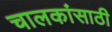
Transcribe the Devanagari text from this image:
चालकांसाठी